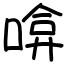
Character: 啽